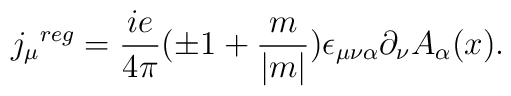
{j_{\mu}}^{reg}=\frac{ie}{4\pi}(\pm 1 +\frac{m}{|m|})\epsilon_{\mu\nu\alpha}\partial_{\nu} A_{\alpha}(x).